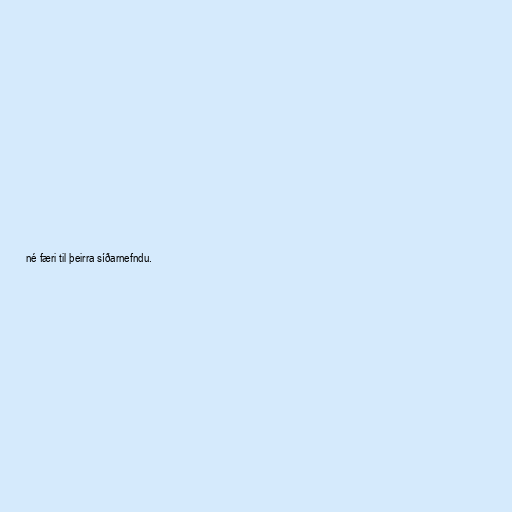
né færi til þeirra síðarnefndu.